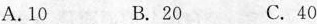
A.10 B.20 C.40